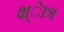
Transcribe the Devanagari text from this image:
क्ष्ेात्र